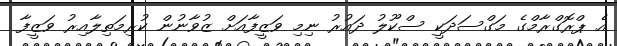
އެ ޕްރޮގްރާމްގެ މަގްސަދަކީ ސްކޫލު ދައުރު ނިމި ވަޒީފާއަށް ޒުވާނުން ކުރިމަތިލާއިރު ވަޒީފާ